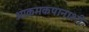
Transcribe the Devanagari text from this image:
आक्रमकपानाशी